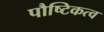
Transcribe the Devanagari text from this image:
पौष्टिकत्व